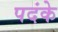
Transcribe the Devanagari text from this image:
पदंके